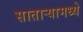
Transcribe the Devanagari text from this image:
सातार्‍यामध्ये